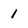
Character: 1